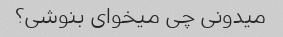
میدونی چی میخوای بنوشی؟